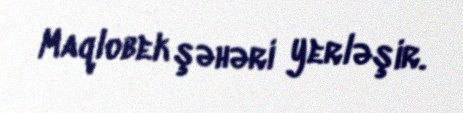
Maqlobek şəhəri yerləşir.